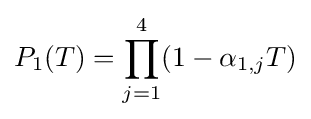
P_{1}(T)=\prod _{j=1}^{4}(1-\alpha _{1,j}T)